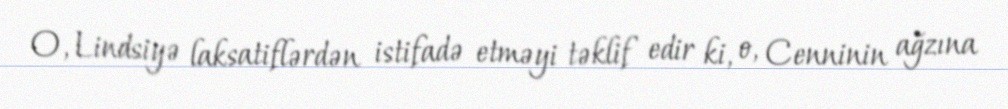
O, Lindsiyə laksatiflərdən istifadə etməyi təklif edir ki, o, Cenninin ağzına